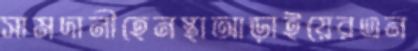
সামদানীহেনস্থাআড়াইয়েরএন